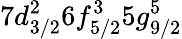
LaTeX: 7d_{3/2}^{2}6f_{5/2}^{3}5g_{9/2}^{5}